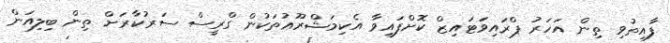
ފާއިތުވި ތިން އަހަރު ޕްރައިވަޓައިޒް ކޮށްފައިވާ އެކިމަޝްރޫޢުތަކުން ގްރީސް ސަރުކާރަށް ތިން ބިލިއަން